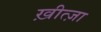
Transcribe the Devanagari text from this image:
ख़ीत्ज़ा